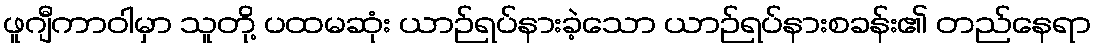
ဖူဂျီကာဝါမှာ သူတို့ ပထမဆုံး ယာဉ်ရပ်နားခဲ့သော ယာဉ်ရပ်နားစခန်း၏ တည်နေရာ